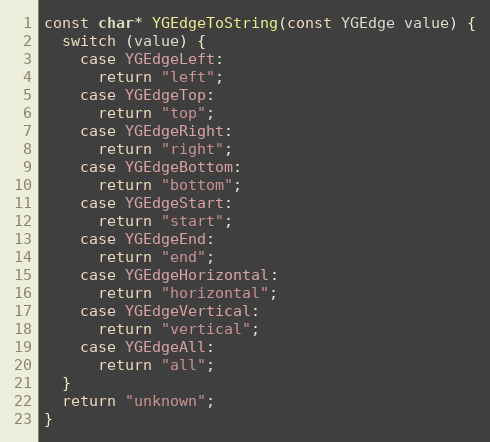
Language: C++
const char* YGEdgeToString(const YGEdge value) {
  switch (value) {
    case YGEdgeLeft:
      return "left";
    case YGEdgeTop:
      return "top";
    case YGEdgeRight:
      return "right";
    case YGEdgeBottom:
      return "bottom";
    case YGEdgeStart:
      return "start";
    case YGEdgeEnd:
      return "end";
    case YGEdgeHorizontal:
      return "horizontal";
    case YGEdgeVertical:
      return "vertical";
    case YGEdgeAll:
      return "all";
  }
  return "unknown";
}